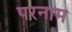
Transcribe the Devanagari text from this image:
परनाम